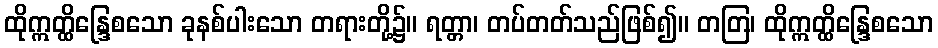
ထိုဣတ္ထိန္ဒြေစသော ခုနစ်ပါးသော တရားတို့၌။ ရတ္တာ၊ တပ်တတ်သည်ဖြစ်၍။ တတြ၊ ထိုဣတ္ထိန္ဒြေစသော